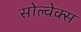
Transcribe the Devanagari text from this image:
सोल्वेक्स